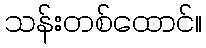
သန်းတစ်ထောင်။